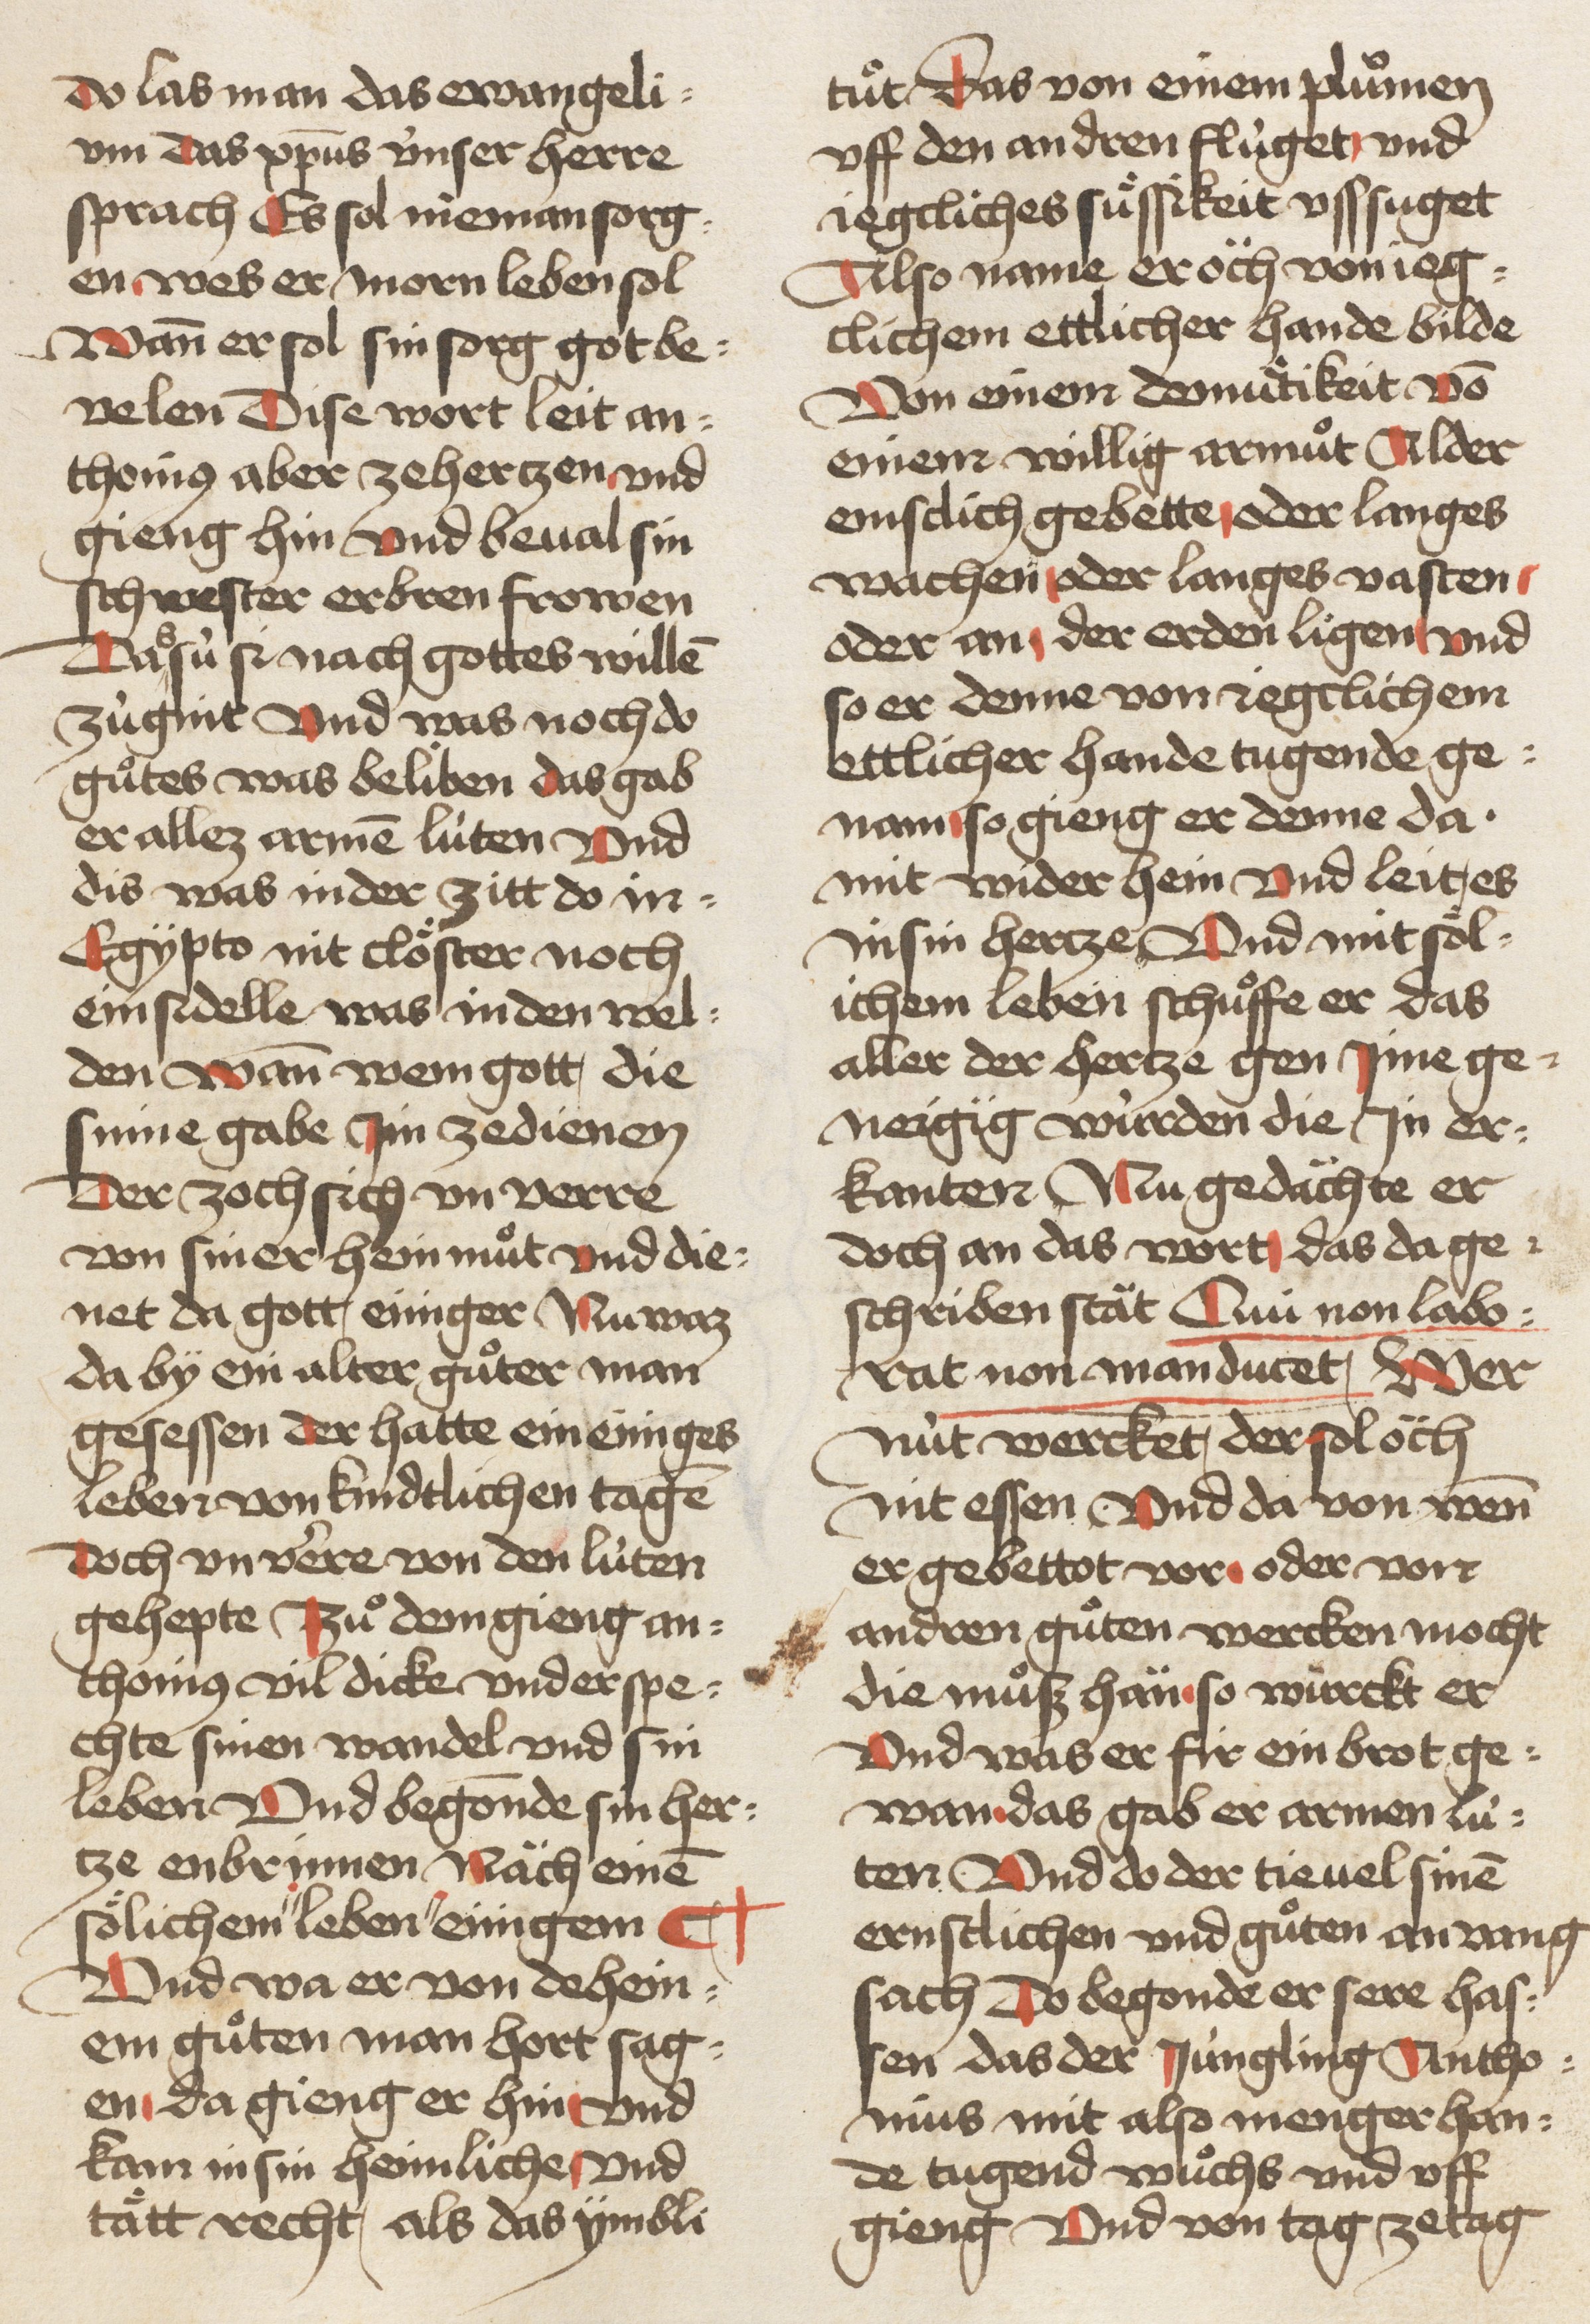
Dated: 1460–1470